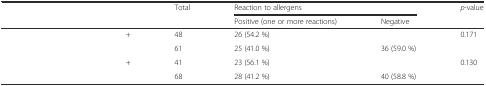
<table><thead><tr><td colspan="2" rowspan="2">[EMPTY_CELL]</td><td rowspan="2"><b>Total</b></td><td colspan="2"><b>Reaction to allergens</b></td><td rowspan="2"><b><i>p</i>-value</b></td></tr><tr><td><b>Positive (one or more reactions)</b></td><td><b>Negative</b></td></tr></thead><tbody><tr><td rowspan="2">[EMPTY_CELL]</td><td>+</td><td>48</td><td>26 (54.2 %)</td><td>[EMPTY_CELL]</td><td rowspan="2">0.171</td></tr><tr><td>[EMPTY_CELL]</td><td>61</td><td>25 (41.0 %)</td><td>36 (59.0 %)</td></tr><tr><td rowspan="2">[EMPTY_CELL]</td><td>+</td><td>41</td><td>23 (56.1 %)</td><td>[EMPTY_CELL]</td><td rowspan="2">0.130</td></tr><tr><td>[EMPTY_CELL]</td><td>68</td><td>28 (41.2 %)</td><td>40 (58.8 %)</td></tr></tbody></table>